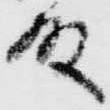
殿